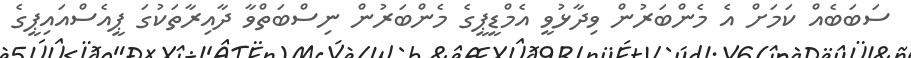
ސަބަބެއް ކަމަށް އެ މެންބަރުން ވިދާޅުވީ އެމްޑީޕީގެ މެންބަރުން ނިސްބަތްވާ ދާއިރާތަކުގަ ޕީއެސްއައިޕީގެ